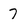
Character: 7